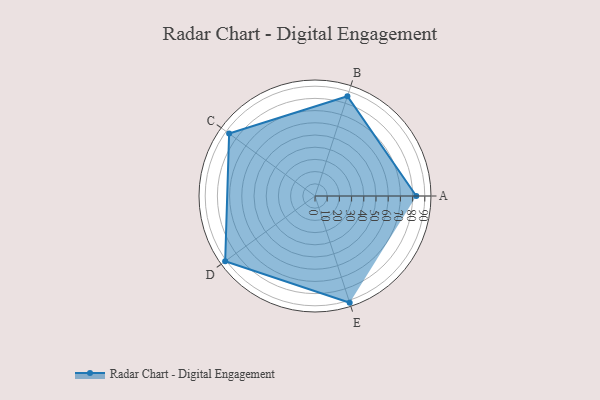
{"axis": {"x": "Skill", "y": "Score"}, "legend": ["Profile"], "data": [{"x": "A", "y": 83.0, "type": "Profile"}, {"x": "B", "y": 86.0, "type": "Profile"}, {"x": "C", "y": 87.0, "type": "Profile"}, {"x": "D", "y": 91.0, "type": "Profile"}, {"x": "E", "y": 92.0, "type": "Profile"}]}